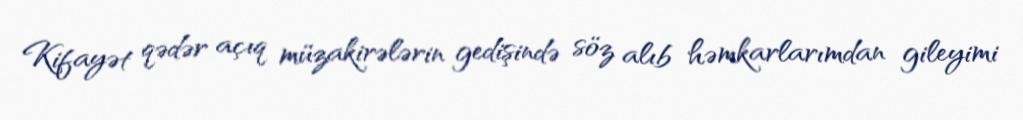
Kifayət qədər açıq müzakirələrin gedişində söz alıb həmkarlarımdan gileyimi